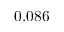
0 . 0 8 6